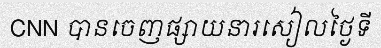
CNN បានចេញផ្សាយនារសៀលថ្ងៃទី